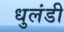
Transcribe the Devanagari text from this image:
धुलंडी